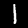
Digit: 1